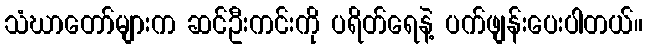
သံဃာတော်များက ဆင်ဦးကင်းကို ပရိတ်ရေနဲ့ ပက်ဖျန်းပေးပါတယ်။